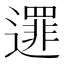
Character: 𨗻